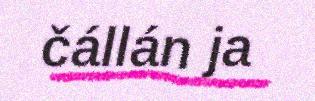
čállán ja